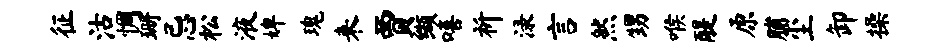
征沽惆珊忌松液婢瑰来贾缬嘻祈渌言然甥喉醍原脯尘卸操